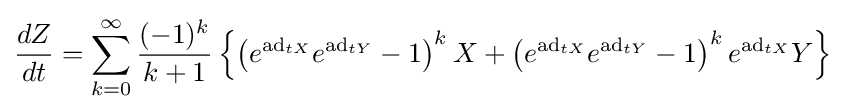
{\frac {dZ}{dt}}=\sum _{k=0}^{\infty }{\frac {(-1)^{k}}{k+1}}\left\{\left(e^{\mathrm {ad} _{tX}}e^{\mathrm {ad} _{tY}}-1\right)^{k}X+\left(e^{\mathrm {ad} _{tX}}e^{\mathrm {ad} _{tY}}-1\right)^{k}e^{\mathrm {ad} _{tX}}Y\right\}